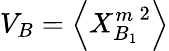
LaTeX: V_{B}={\left\langle{{X}_{B_{1}}^{m}}^{2}\right\rangle}